Leprosy in India: report of the Leprosy Commission in India, 1890-91
Year: 1890
Disease focus: Leprosy
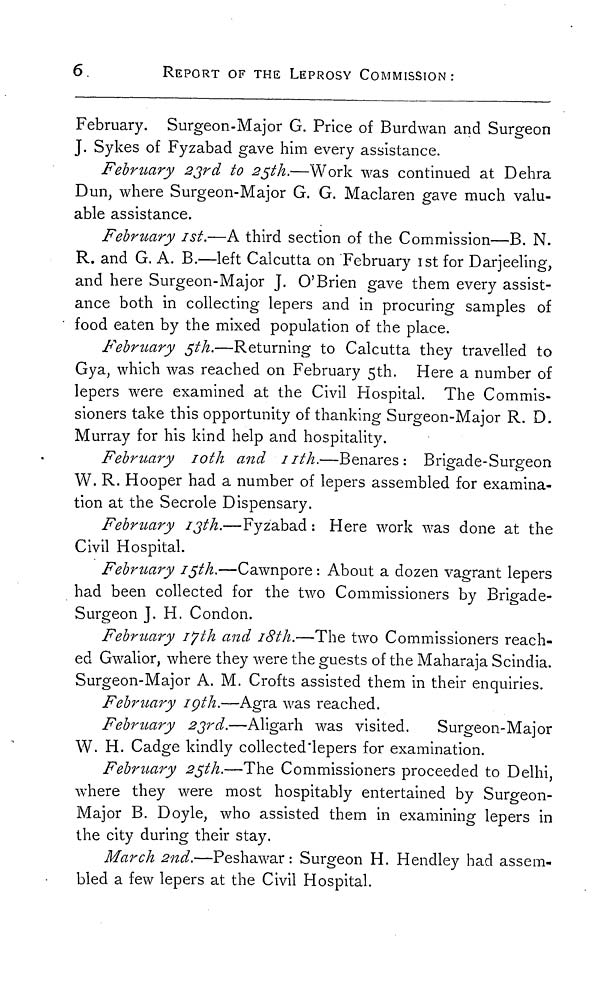
6.
REPORT OF THE LEPROSY COMMISSION:
February. Surgeon-Major G. Price of Burdwan and Surgeon
T. Sykes of Fyzabad gave him every assistance.
February 23rd to 25th.—Work was continued at Dehra
Dun, where Surgeon-Major G. G. Maclaren gave much valu-
able assistance.
February 1st.—A third section of the Commission—B. N.
R. and G. A. B.—left Calcutta on February 1st for Darjeeling,
and here Surgeon-Major J. O'Brien gave them every assist-
ance both in collecting lepers and in procuring samples of
food eaten by the mixed population of the place.
February 5th.—Returning to Calcutta they travelled to
Gya, which was reached on February 5th. Here a number of
lepers were examined at the Civil Hospital. The Commis-
sioners take this opportunity of thanking Surgeon-Major R. D.
Murray for his kind help and hospitality.
February 10th and 11th.—Benares: Brigade-Surgeon
W. R. Hooper had a number of lepers assembled for examina-
tion at the Secrole Dispensary.
February 13th.—Fyzabad : Here work was done at the
Civil Hospital.
February 15th.—Cawnpore : About a dozen vagrant lepers
had been collected for the two Commissioners by Brigade-
Surgeon J. H. Condon.
February 17th and 18th.—The two Commissioners reach-
ed Gwalior, where they were the guests of the Maharaja Scindia.
Surgeon-Major A. M. Crofts assisted them in their enquiries.
February 19th.—Agra was reached.
February 23rd.—Aligarh was visited.
Surgeon-Major
W. H. Cadge kindly collected lepers for examination.
February 25th.—The Commissioners proceeded to Delhi,
where they were most hospitably entertained by Surgeon-
Major B. Doyle, who assisted them in examining lepers in
the city during their stay.
March 2nd.—Peshawar: Surgeon H. Hendley had assem-
bled a few lepers at the Civil Hospital.